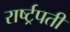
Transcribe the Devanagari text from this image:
रार्ष्ट्रपती